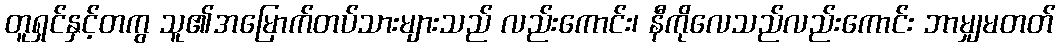
တူရှင်နှင့်တကွ သူ၏အမြောက်တပ်သားများသည် လည်းကောင်း၊ နီကိုလေသည်လည်းကောင်း ဘာမျှမတတ်